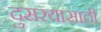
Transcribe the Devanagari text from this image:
दुसरयासाठी